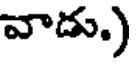
వాడు.)